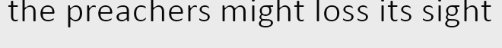
the preachers might loss its sight